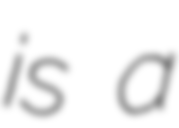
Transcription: is a